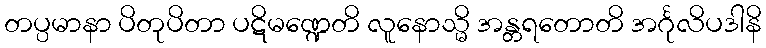
တပ္ပမာနာ ပိတုပိတာ ပဋိမဏ္ဍေတိ လူနောသ္မိ အန္တရတောတိ အင်္ဂုလိပဒါနိ